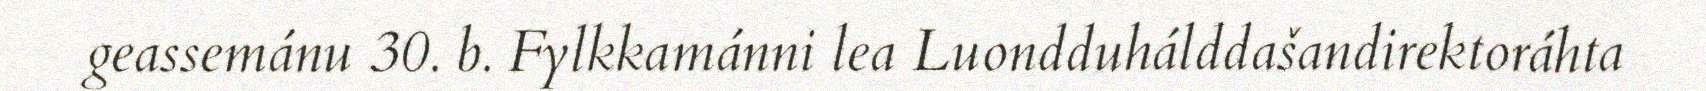
geassemánu 30. b. Fylkkamánni lea Luondduhálddašandirektoráhta